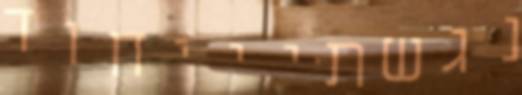
נגשתיייחוד